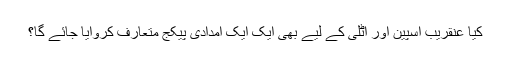
کیا عنقریب اسپین اور اٹلی کے لیے بھی ایک ایک امدادی پیکج متعارف کروایا جائے گا؟